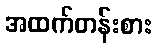
အထက်တန်းစား